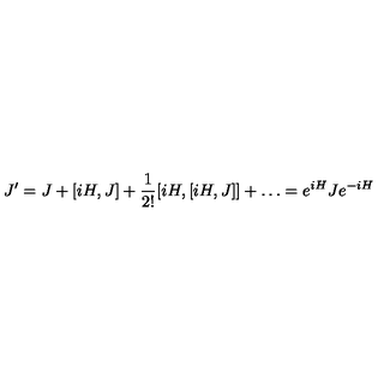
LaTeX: J ^ { \prime } = J + [ i H , J ] + \frac { 1 } { 2 ! } [ i H , [ i H , J ] ] + \ldots = e ^ { i H } J e ^ { - i H }